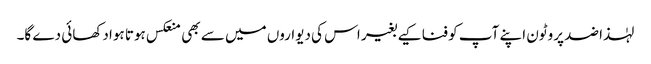
لہٰذا ضد پروٹون اپنے آپ کو فنا کیے بغیر اس کی دیواروں میں سے بھی منعکس ہوتا ہوا دکھائی دے گا۔